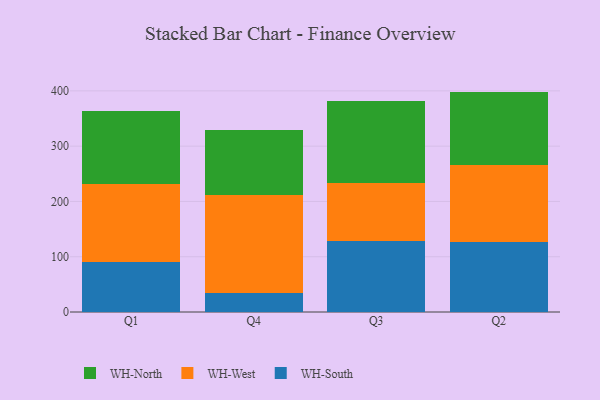
{"axis": {"x": "Quarter", "y": "Shipments"}, "legend": ["WH-North", "WH-South", "WH-West"], "data": [{"x": "Q1", "y": 90.3, "type": "WH-South"}, {"x": "Q1", "y": 141.8, "type": "WH-West"}, {"x": "Q1", "y": 131.5, "type": "WH-North"}, {"x": "Q4", "y": 34.2, "type": "WH-South"}, {"x": "Q4", "y": 177.7, "type": "WH-West"}, {"x": "Q4", "y": 117.9, "type": "WH-North"}, {"x": "Q3", "y": 129.1, "type": "WH-South"}, {"x": "Q3", "y": 103.5, "type": "WH-West"}, {"x": "Q3", "y": 148.6, "type": "WH-North"}, {"x": "Q2", "y": 127.3, "type": "WH-South"}, {"x": "Q2", "y": 138.8, "type": "WH-West"}, {"x": "Q2", "y": 132.6, "type": "WH-North"}]}